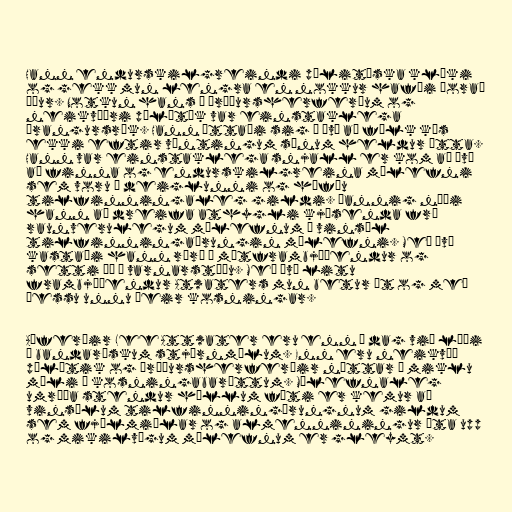
Hann endurskilgreindi pólitíska klæki
og gekk mun lengra en nokkur hafði þorað
áður. Notkun hans á áróðursherferðum og
neikvæðri pólítík var einstaklega
árangursrík. Hann áttaði sig á því að fólk kýs
ekki eftir væntingum sínum heldur ótta.
Hann var einstaklega snjall er kom að því
að finna og endurskilgreina málefni
sem voru í deiglunni og höfðu
tilfinningaleg gildi. Þannig náði
hann að dreifa athygli kjósenda frá
raunverulegum málefnum í vinsæl
tilfinningaþrungin málefni. Með því
kastaði hann rýrð á mótframbjóðendur og
setti þá í varnarstöðu. Með því litu
frambjóðendur Atwaters mun betur út og með
þessu unnu þeir kosningar.

Aðferðir Lee Attwater eru enn í dag við lýði
í bandarískum stjórnmálum. Enn eru neikvæð
pólítik og áróðursherferðir nýttar í miklu
mæli í kosningabaráttum. Málefnaleg
umræða stendur höllum fæti er kemur að
vinsælum tilfinningþrungnum gildum
sem fjölmiðlar og almenniningur éta upp
og mikilvægum málefnum er gleymt.